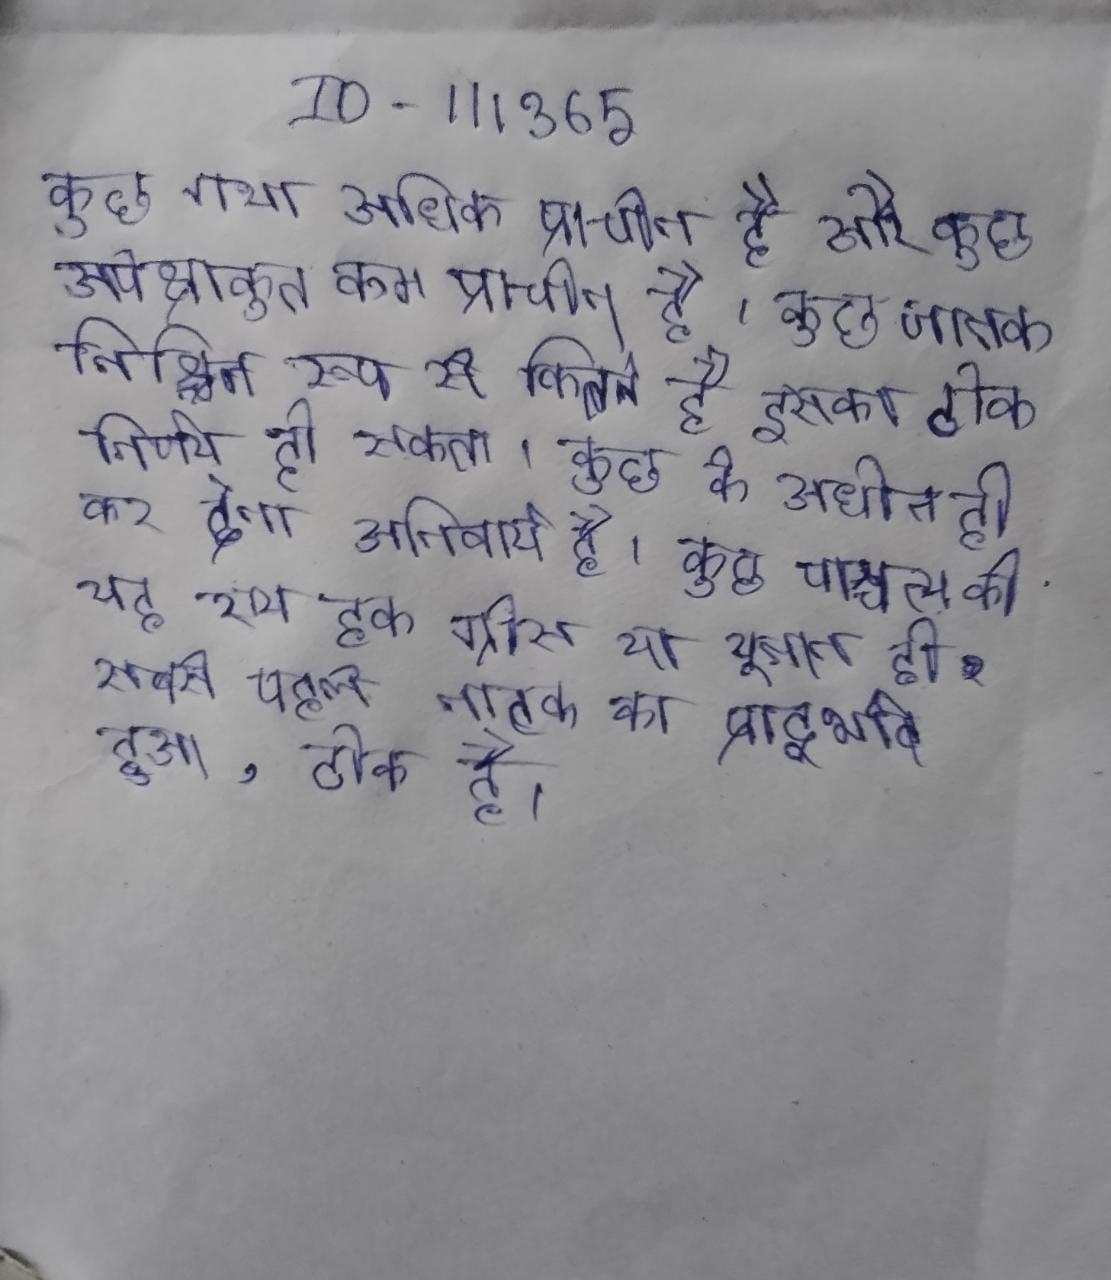
कुछ गाथा अधिक प्राचीन है और कुछ अपेक्षाकृत कम प्राचीन है । कुछ जातक निश्चित रूप से कितने है इसका ठीक निर्णय हो सकता । कुछ के अधीन ही कर देना अनिवार्य है । कुछ पाश्चात्य की यह राय हक ग्रीस या यूनान ही सबसे पहले नाटक का प्रादुर्भाव हुआ, ठीक है ।